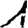
Digit: 1